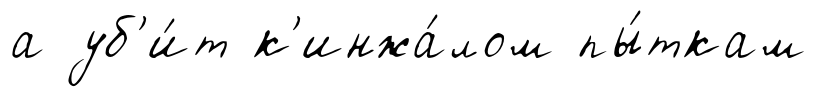
а уб'и́т к'инжа́лом пы́ткам